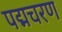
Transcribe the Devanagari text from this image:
पद्मचरण